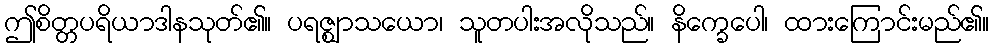
ဤစိတ္တပရိယာဒါနသုတ်၏။ ပရဇ္ဈာသယော၊ သူတပါးအလိုသည်။ နိက္ခေပေါ၊ ထားကြောင်းမည်၏။